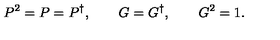
P ^ { 2 } = P = P ^ { \dagger } , \qquad G = G ^ { \dagger } , \qquad G ^ { 2 } = 1 .